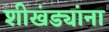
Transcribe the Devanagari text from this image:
शीखंड्यांना